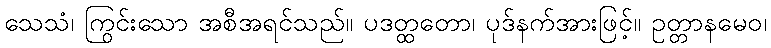
သေသံ၊ ကြွင်းသော အစီအရင်သည်။ ပဒတ္ထတော၊ ပုဒ်နက်အားဖြင့်။ ဥတ္တာနမေဝ၊